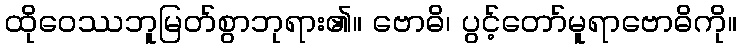
ထိုဝေဿဘူမြတ်စွာဘုရား၏။ ဗောဓိ၊ ပွင့်တော်မူရာဗောဓိကို။